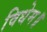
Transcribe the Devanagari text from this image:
विधेम॥